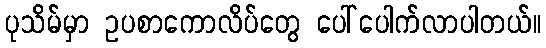
ပုသိမ်မှာ ဥပစာကောလိပ်တွေ ပေါ်ပေါက်လာပါတယ်။